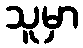
သူမှာ